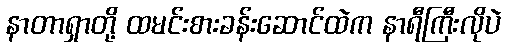
နာတာရှာတို့ ထမင်းစားခန်းဆောင်ထဲက နာရီကြီးလိုပဲ